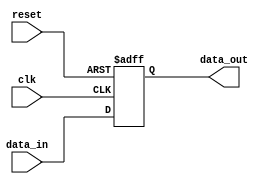
module high_speed_buffer(
    input wire clk,
    input wire reset,
    input wire data_in,
    output reg data_out
);

reg data_buffer;

always @(posedge clk or posedge reset) begin
    if (reset) begin
        data_buffer <= 1'b0;
    end else begin
        data_buffer <= data_in;
    end
end

assign data_out = data_buffer;

endmodule